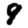
Digit: 9